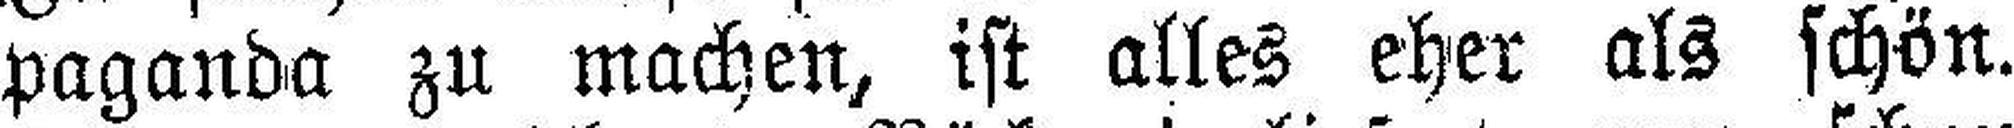
paganda zu machen, ist alles eher als schön.